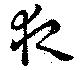
夜